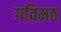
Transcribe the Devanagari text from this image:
गविमठ